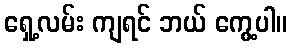
ရှေ့လမ်း ကျရင် ဘယ် ကွေ့ပါ။